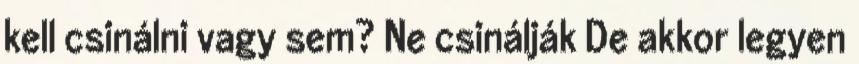
kell csinálni vagy sem? Ne csinálják De akkor legyen